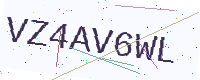
Text: VZ4AV6WL